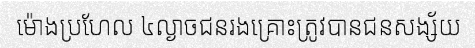
ម៉ោងប្រហែល ៤ល្ងាចជនរងគ្រោះត្រូវបានជនសង្ស័យ